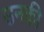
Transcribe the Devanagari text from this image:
उनकी